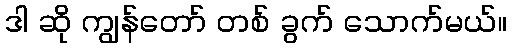
ဒါ ဆို ကျွန်တော် တစ် ခွက် သောက်မယ်။